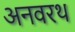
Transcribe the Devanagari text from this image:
अनवरथ